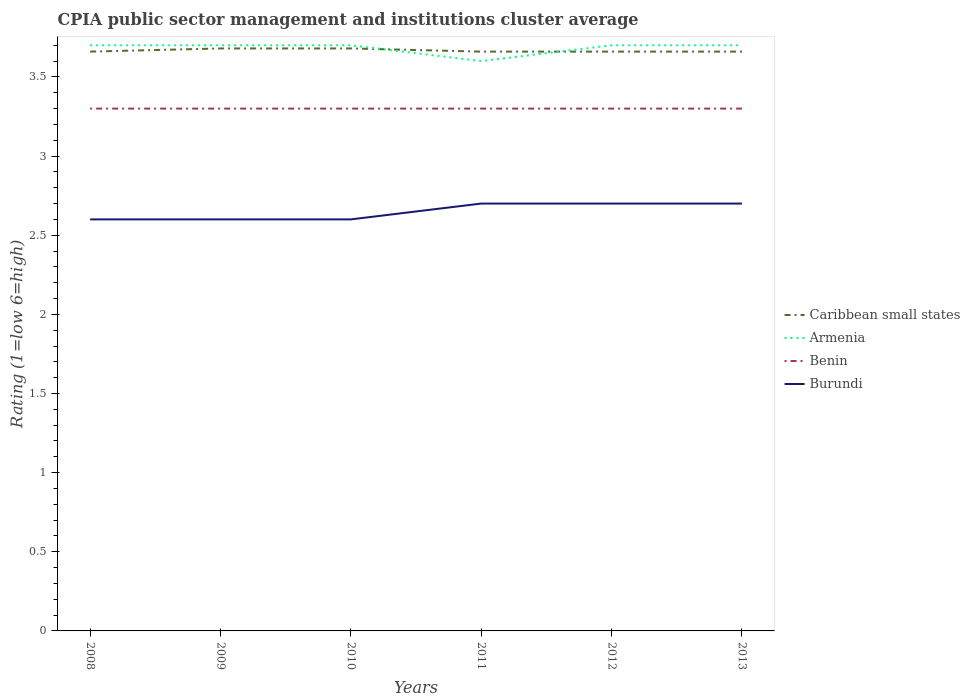
| Years | Caribbean small states | Armenia | Benin | Burundi |
 | --- | --- | --- | --- | --- |
 | 2008 | 3.66 | 3.7 | 3.3 | 2.6 |
 | 2009 | 3.68 | 3.7 | 3.3 | 2.6 |
 | 2010 | 3.68 | 3.7 | 3.3 | 2.6 |
 | 2011 | 3.66 | 3.6 | 3.3 | 2.7 |
 | 2012 | 3.66 | 3.7 | 3.3 | 2.7 |
 | 2013 | 3.66 | 3.7 | 3.3 | 2.7 |